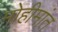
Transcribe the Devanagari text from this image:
मोहीमांत